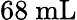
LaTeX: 68~\mathrm{mL}